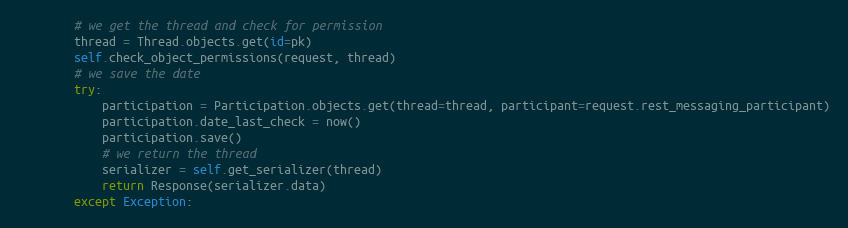
Language: Python
        # we get the thread and check for permission
        thread = Thread.objects.get(id=pk)
        self.check_object_permissions(request, thread)
        # we save the date
        try:
            participation = Participation.objects.get(thread=thread, participant=request.rest_messaging_participant)
            participation.date_last_check = now()
            participation.save()
            # we return the thread
            serializer = self.get_serializer(thread)
            return Response(serializer.data)
        except Exception: